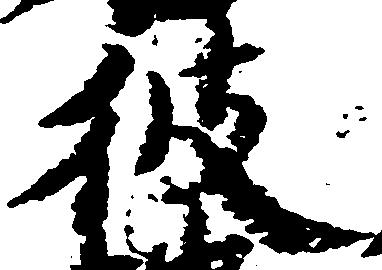
彼